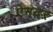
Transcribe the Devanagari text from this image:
ऐनदर